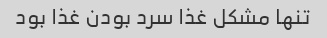
تنها مشکل غذا سرد بودن غذا بود